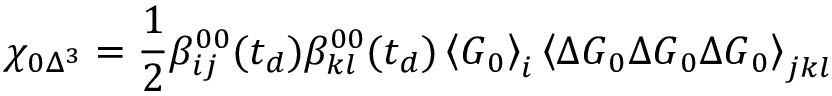
\chi _ { 0 \Delta ^ { 3 } } = \frac { 1 } { 2 } \beta _ { i j } ^ { 0 0 } ( t _ { d } ) \beta _ { k l } ^ { 0 0 } ( t _ { d } ) \left\langle \boldsymbol { G } _ { 0 } \right\rangle _ { i } \left\langle \Delta \boldsymbol { G } _ { 0 } \Delta \boldsymbol { G } _ { 0 } \Delta \boldsymbol { G } _ { 0 } \right\rangle _ { j k l }